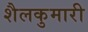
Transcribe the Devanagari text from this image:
शैलकुमारी